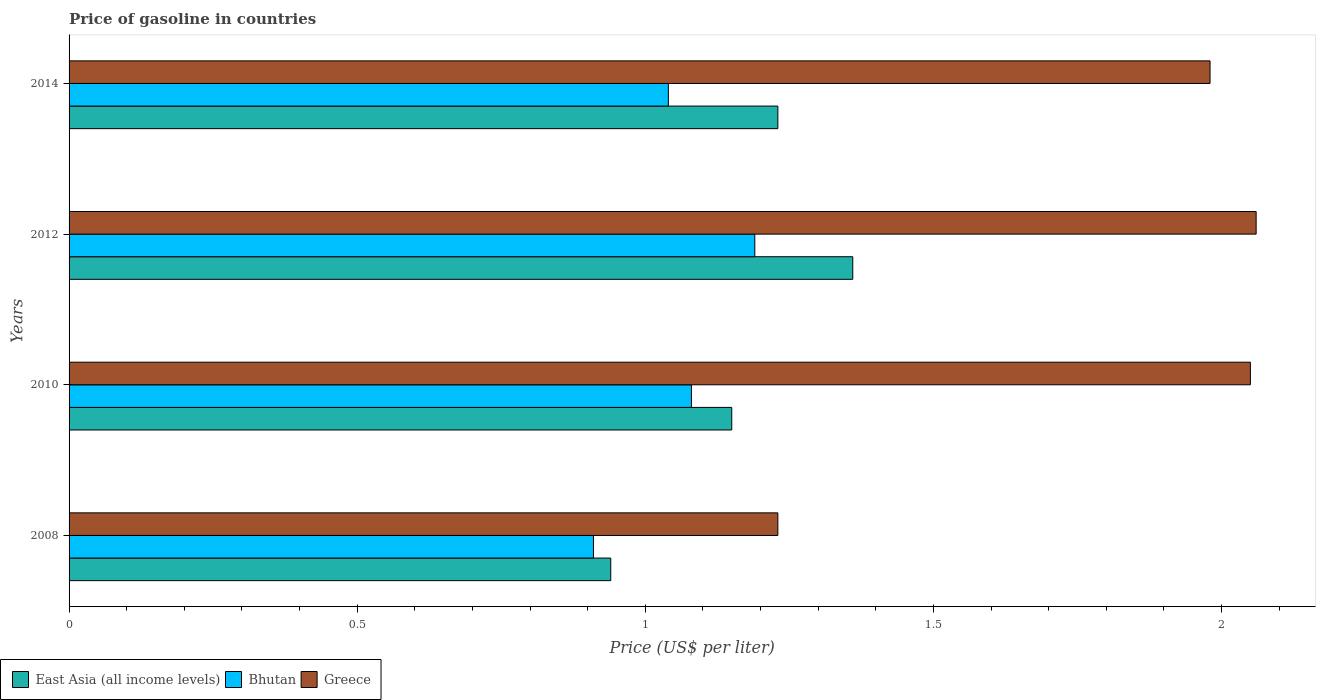
| Years | East Asia (all income levels) | Bhutan | Greece |
 | --- | --- | --- | --- |
 | 2008 | 0.94 | 0.91 | 1.23 |
 | 2010 | 1.15 | 1.08 | 2.05 |
 | 2012 | 1.36 | 1.19 | 2.06 |
 | 2014 | 1.23 | 1.04 | 1.98 |